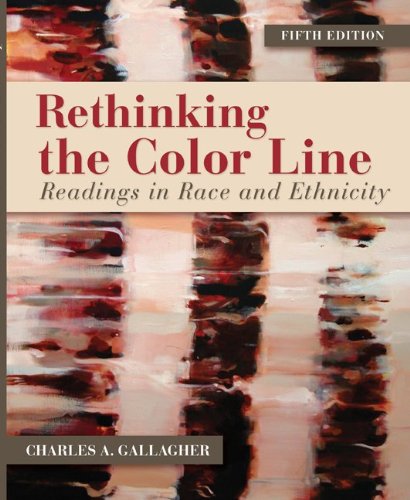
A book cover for Rethinking the Color Line: Readings in Race and Ethnicity; Charles A. Gallagher; History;